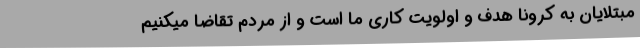
مبتلایان به کرونا هدف و اولویت کاری ما است و از مردم تقاضا میکنیم